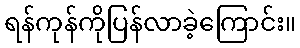
ရန်ကုန်ကိုပြန်လာခဲ့ကြောင်း။